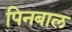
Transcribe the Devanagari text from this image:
पिनबाल